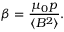
\beta = { \frac { \mu _ { 0 } p } { \langle B ^ { 2 } \rangle } } .